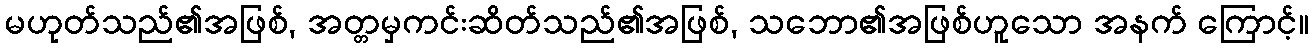
မဟုတ်သည်၏အဖြစ်, အတ္တမှကင်းဆိတ်သည်၏အဖြစ်, သဘော၏အဖြစ်ဟူသော အနက် ကြောင့်။